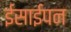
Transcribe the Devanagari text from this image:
ईसाईपन